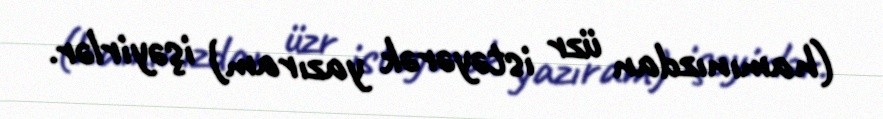
(hamınızdan üzr istəyərək yazıram) işəyirlər.